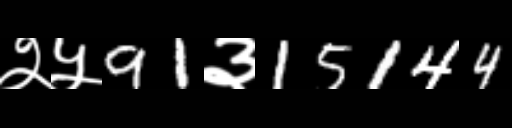
Text: २५91३15144